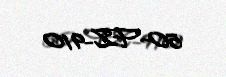
50-FZ-910